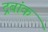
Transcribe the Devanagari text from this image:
द्रबांक